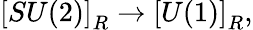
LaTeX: \left[SU(2)\right]_{R}\rightarrow\left[U(1)\right]_{R},